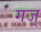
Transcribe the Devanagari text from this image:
गज्